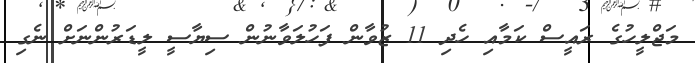
މަޖްލީހުގެ ރައީސް ކަމާއި ހެދި 11 ޒުވާން ފަހުލަވާނުން ސިޔާސީ ލީޑަރުންނަށް ނެގި